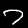
Label: 7